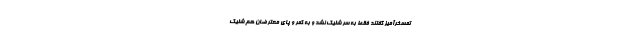
تمسخر‌آمیز گفتند فقط به سر شلیک نشد و به کمر و پای معترضان هم شلیک